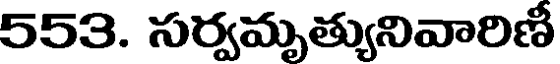
553. సర్వమృత్యునివారిణీ